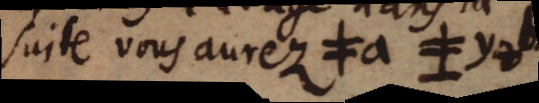
suite vous aurez ≠a ≠y